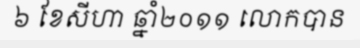
៦ ខែសីហា ឆ្នាំ២០១១ លោកបាន